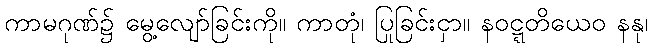
ကာမဂုဏ်၌ မွေ့လျော်ခြင်းကို။ ကာတုံ၊ ပြုခြင်းငှာ။ နဝဋ္ဋတိယေဝ နနု၊